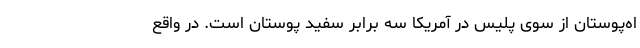
اه‌پوستان از سوی پلیس در آمریکا سه برابر سفید پوستان است. در واقع